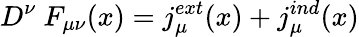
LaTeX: D^{\nu}\ F_{\mu\nu}(x)=j_{\mu}^{ext}(x)+j_{\mu}^{ind}(x)